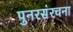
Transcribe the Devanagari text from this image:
पुनरसंरचना